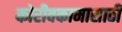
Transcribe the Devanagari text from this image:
कोरीवकामासाठी